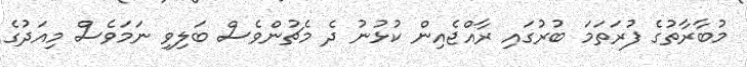
މުބާރާތުގެ ފުރަތަމަ ބުރުގައި ރާއްޖެއިން ކުޅުނު ދެ މެޗުންވެސް ބަލިވި ނަމަވެސް މިއަދުގެ